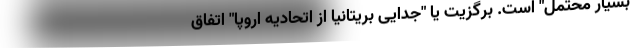
"بسیار محتمل" است. برگزیت یا "جدایی بریتانیا از اتحادیه اروپا" اتفاق